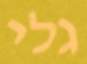
גלי